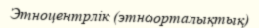
Этноцентрлік (этноорталықтық)